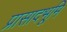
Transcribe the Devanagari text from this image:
प्रासादभूमि